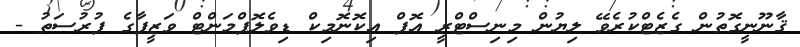
ޤާނޫނީގޮތުން ގެޒެޓްކުރެވޭ ލިޔުން މިނިސްޓްރީ އޮފް އިކޮނޮމިކް ޑިވެލޮޕްމަންޓް ވަޒީފާގެ ފުރުސަތު -